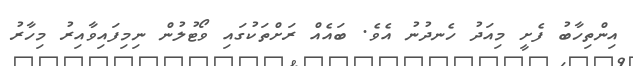
އިންތިހާބު ފެށީ މިއަދު ހެނދުނު އެވެ. ބައެއް ރަށްތަކުގައި ވޯޓުލުން ނިމިފައިވާއިރު މިހާރު